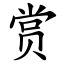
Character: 赏